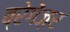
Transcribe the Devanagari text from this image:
ब्रेगेंज़र